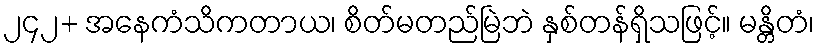
၂၄၂+ အနေကံသိကတာယ၊ စိတ်မတည်မြဲဘဲ နှစ်တန်ရှိသဖြင့်။ မန္တိတံ၊